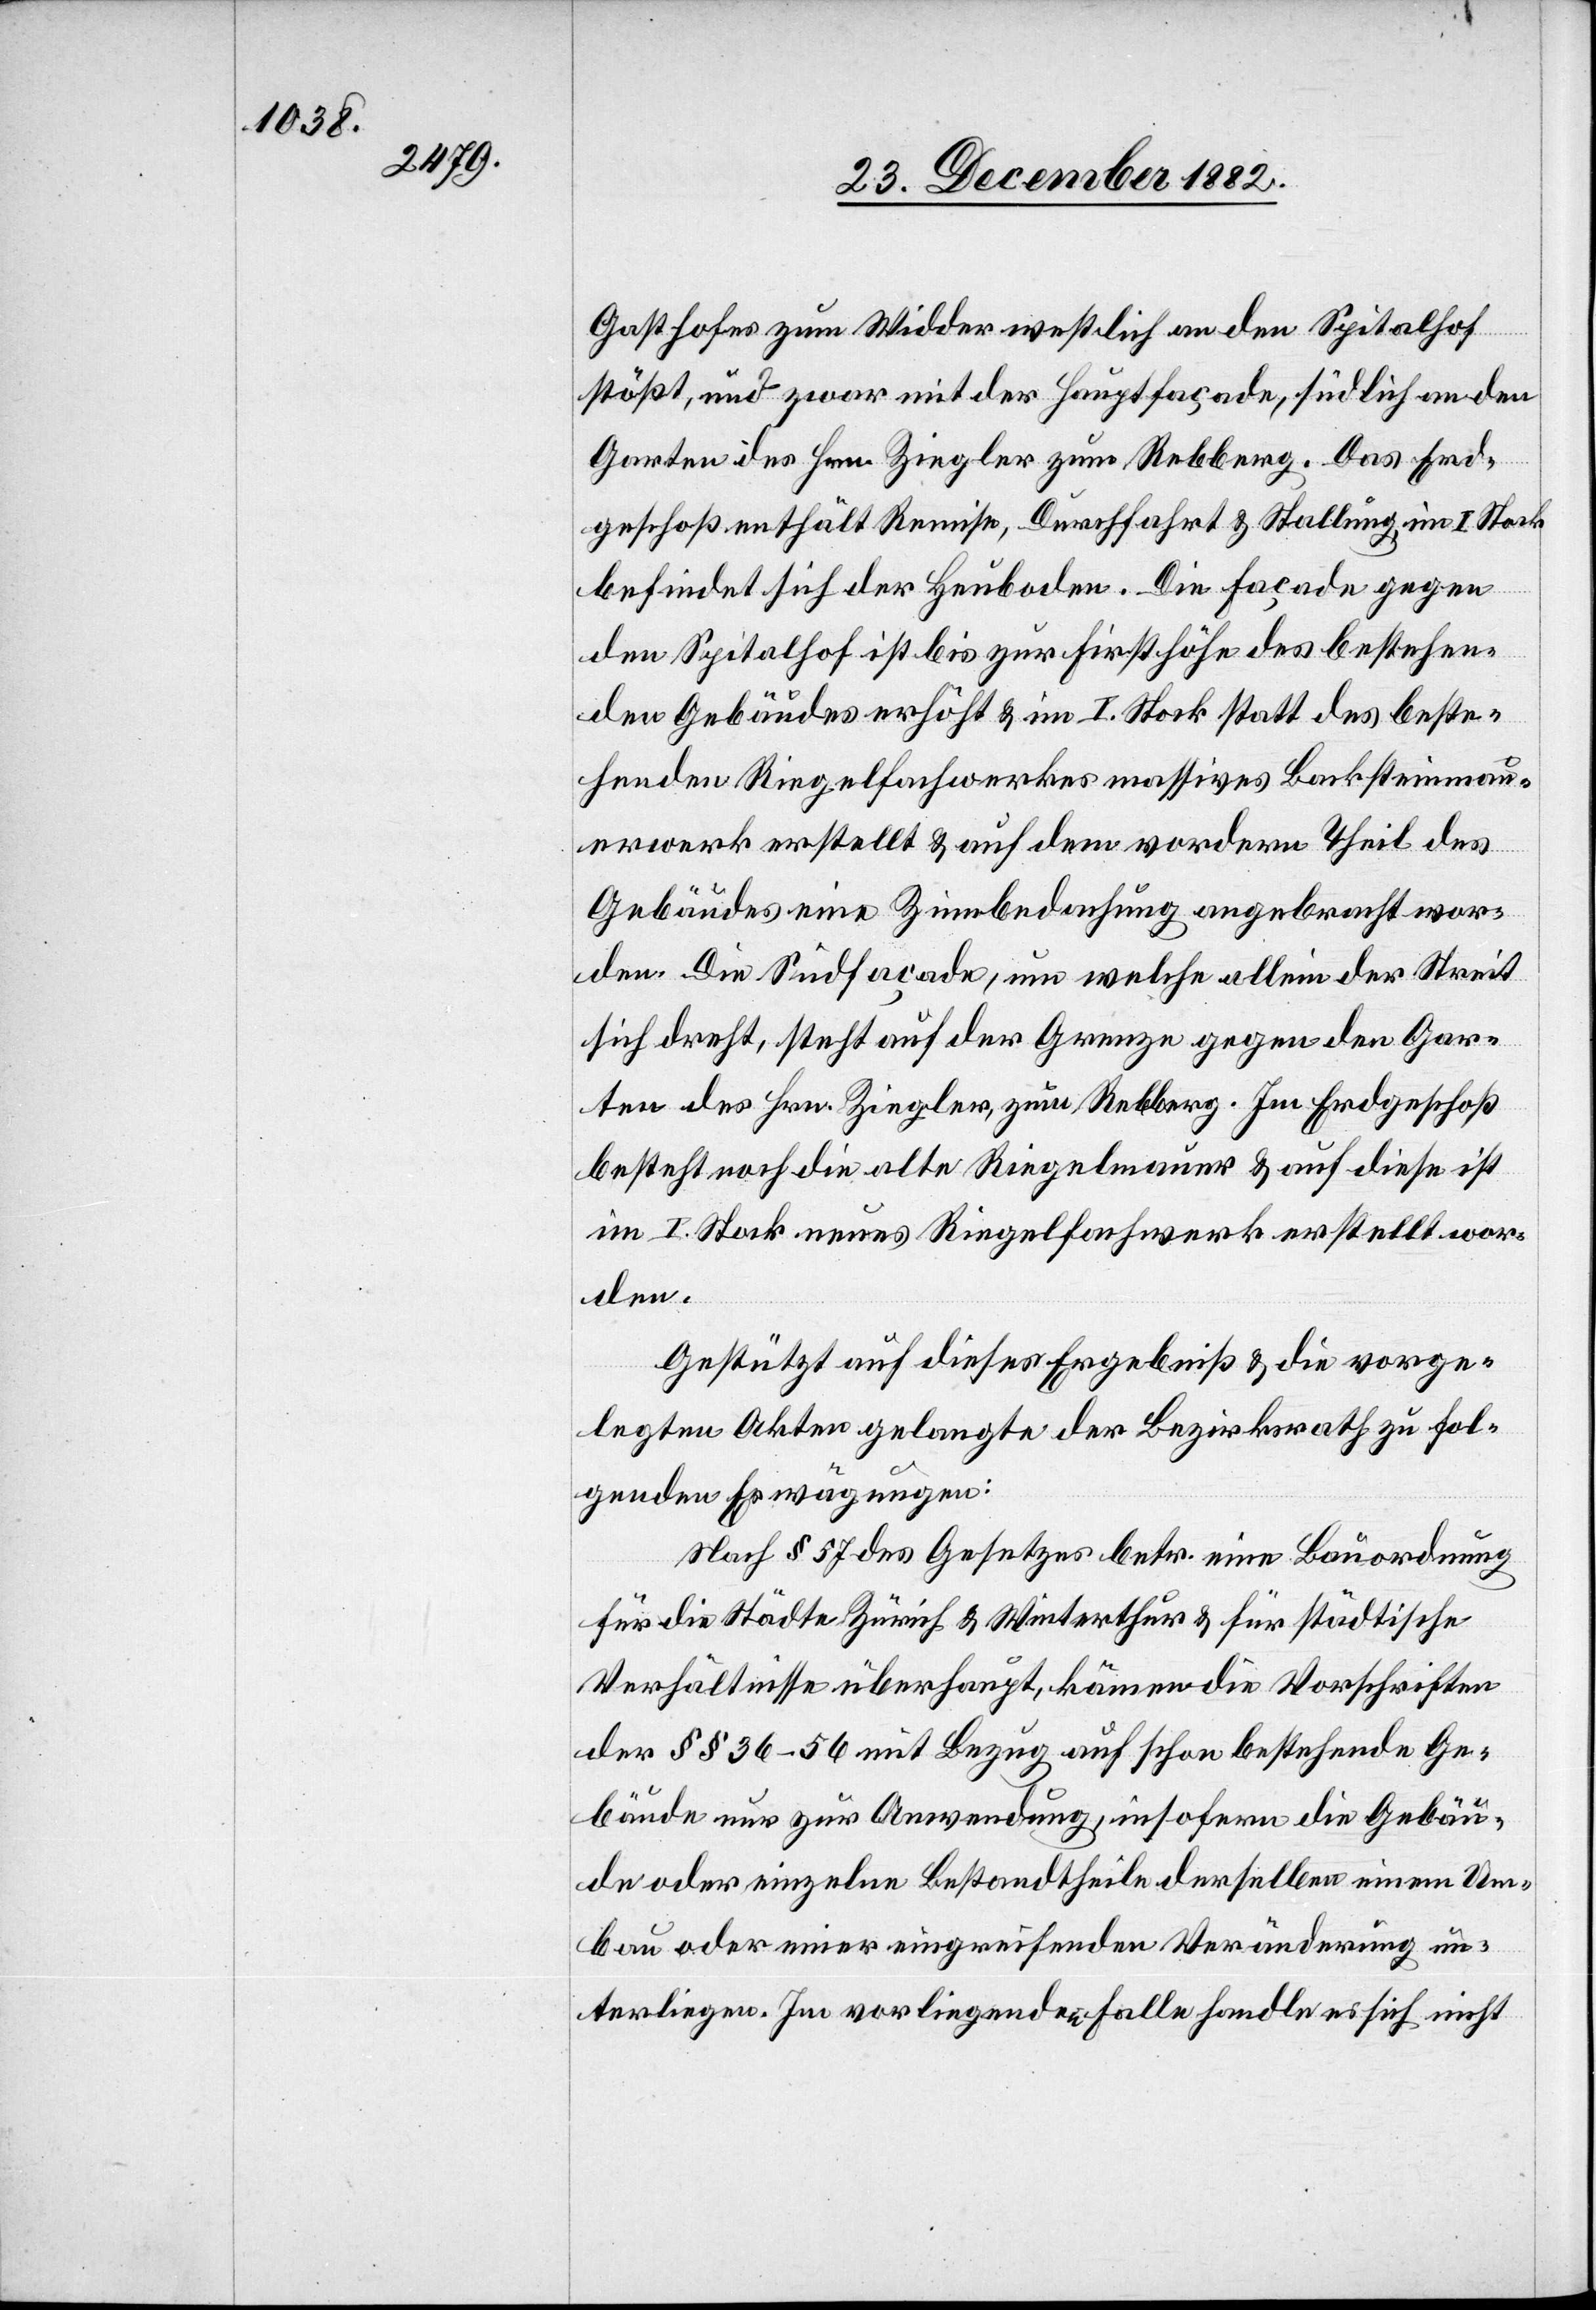
Gasthofes zum Widder westlich an den Spitalhof
stößt, und zwar mit der Hauptfaçade, südlich an den
Garten des Hrn. Ziegler zum Rebberg. Das Erd¬
geschoß enthält Remise, Durchfahrt & Stallung im I. Stock
befindet sich der Heuboden. Die Façade gegen
den Spitalhof ist bis zur Firsthöhe des bestehen¬
den Gebäudes erhöht & im I. Stock statt des beste¬
henden Riegelfachwerkes massives Backsteinmau¬
erwerk erstellt & auf dem vordern Theil des
Gebäudes eine Zinnbedachung angebracht wor¬
den. Die Südfaçade, um welche allein der Streit
sich dreht, steht auf der Grenze gegen den Gar¬
ten des Hrn. Ziegler, zum Rebberg. Im Erdgeschoß
besteht noch die alte Riegelmauer & auf diese ist
im I. Stock neues Riegelfachwerk erstellt wor¬
den.
Gestützt auf dieses Ergebniß & die vorge¬
legten Akten gelangte der Bezirksrath zu fol¬
genden Erwägungen:
Nach § 57 des Gesetzes betr. eine Bauordnung
für die Städte Zürich & Winterthur & für städtische
Verhältnisse überhaupt, kämen die Vorschriften
der §§ 36–56 mit Bezug auf schon bestehende Ge¬
bäude nur zur Anwendung, insofern die Gebäu¬
de oder einzelne Bestandtheile derselben einem Um¬
bau oder einer eingreifenden Veränderung un¬
terliegen. Im vorliegenden Falle handle es sich nicht